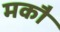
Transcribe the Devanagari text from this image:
मकौ